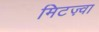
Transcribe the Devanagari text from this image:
मिटज़्वा